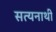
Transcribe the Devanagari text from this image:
सत्यनाथी